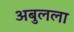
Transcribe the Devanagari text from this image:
अबुलला